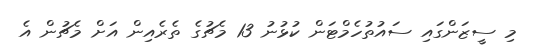
މި ސީޒަންގައި ސައުތުހެމްޓަން ކުޅުނު 13 މެޗުގެ ތެރެއިން އަށް މެޗުން އެ